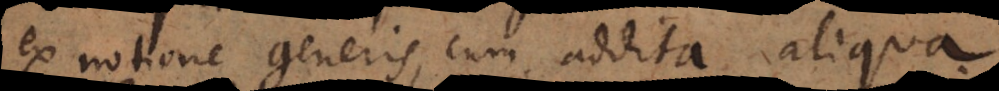
ex notione generis, cum addita aliqua